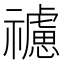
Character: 𥜜